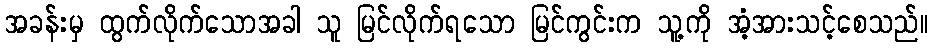
အခန်းမှ ထွက်လိုက်သောအခါ သူ မြင်လိုက်ရသော မြင်ကွင်းက သူ့ကို အံ့အားသင့်စေသည်။